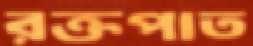
রক্তপাত